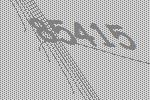
85415